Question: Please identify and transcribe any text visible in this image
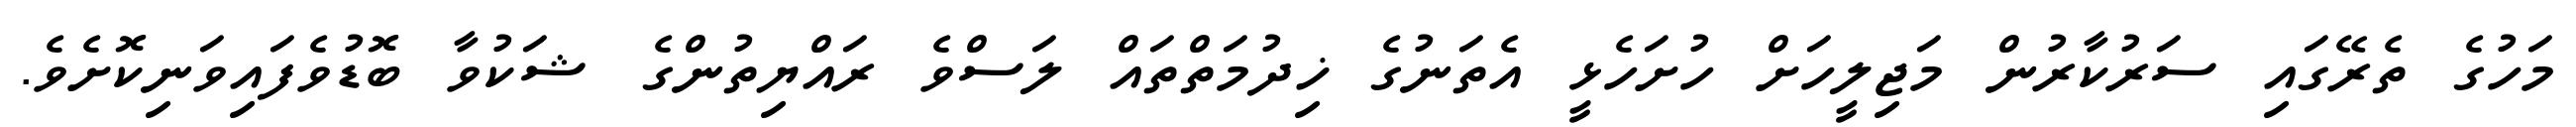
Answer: މަހުގެ ތެރޭގައި ސަރުކާރުން މަޖިލީހަށް ހުށަހެޅީ އެތަނުގެ ޚިދުމަތްތައް ލަސްވެ ރައްޔިތުންގެ ޝަކުވާ ބޮޑުވެފައިވަނިކޮށެވެ.